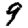
Digit: 9